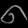
Digit: ၈